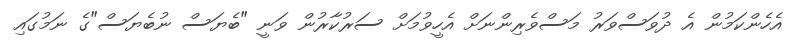
އެހެންކަމުން އެ ދުވަސްވަރު މަސްވެރިންނަށް އެހީވުމަށް ސަރުކާރުން ވަނީ "ބެޔަސް ނުބެޔަސް"ގެ ނަމުގައި